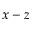
x - z